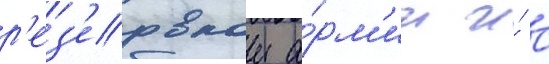
р'ез'ервнои а́рм'ии и́ с